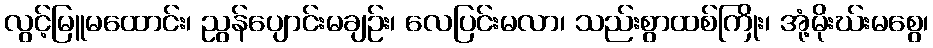
လွင့်မြူမထောင်း၊ ညွန်ပျောင်းမချဉ်း၊ လေပြင်းမလာ၊ သည်းစွာထစ်ကြိုး၊ အုံ့မိုးဃ်းမစွေ၊